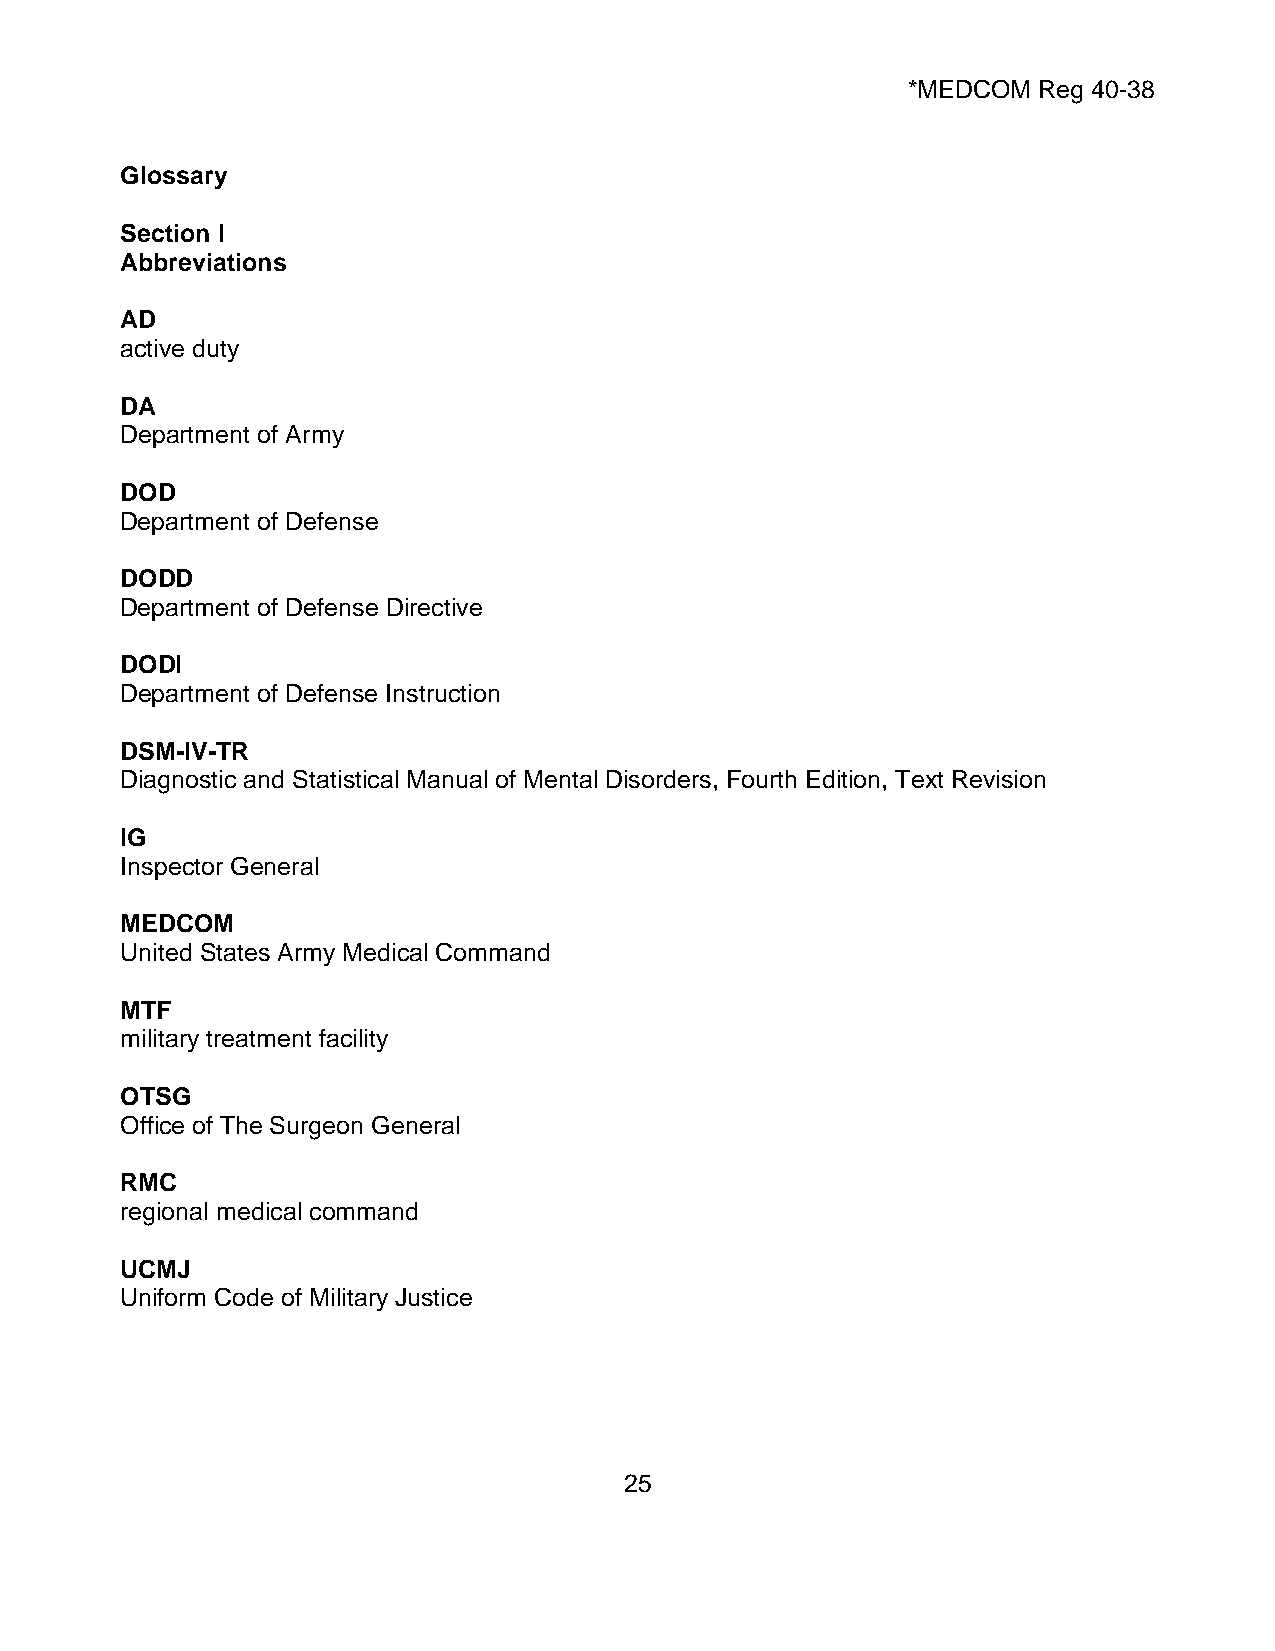
*MEDCOM  Reg 40-38
 Glossary
 Section I
 Abbreviations
 AD
 active duty
 DA
 Department of Army
 DOD
 Department of Defense
 DODD
 Department of Defense Directive
 DODI
 Department of Defense Instruction
 DSM-IV-TR
 Diagnostic and Statistical Manual of Mental Disorders, Fourth Edition, Text Revision
 IG
 Inspector General
 MEDCOM
 United States Army Medical Command
 MTF
 military treatment facility
 OTSG
 Office of The Surgeon General
 RMC
 regional medical command
 UCMJ
 Uniform Code of Military Justice
 25